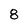
Character: 8